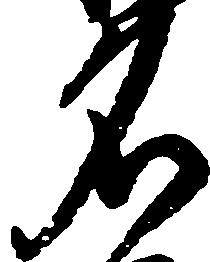
名